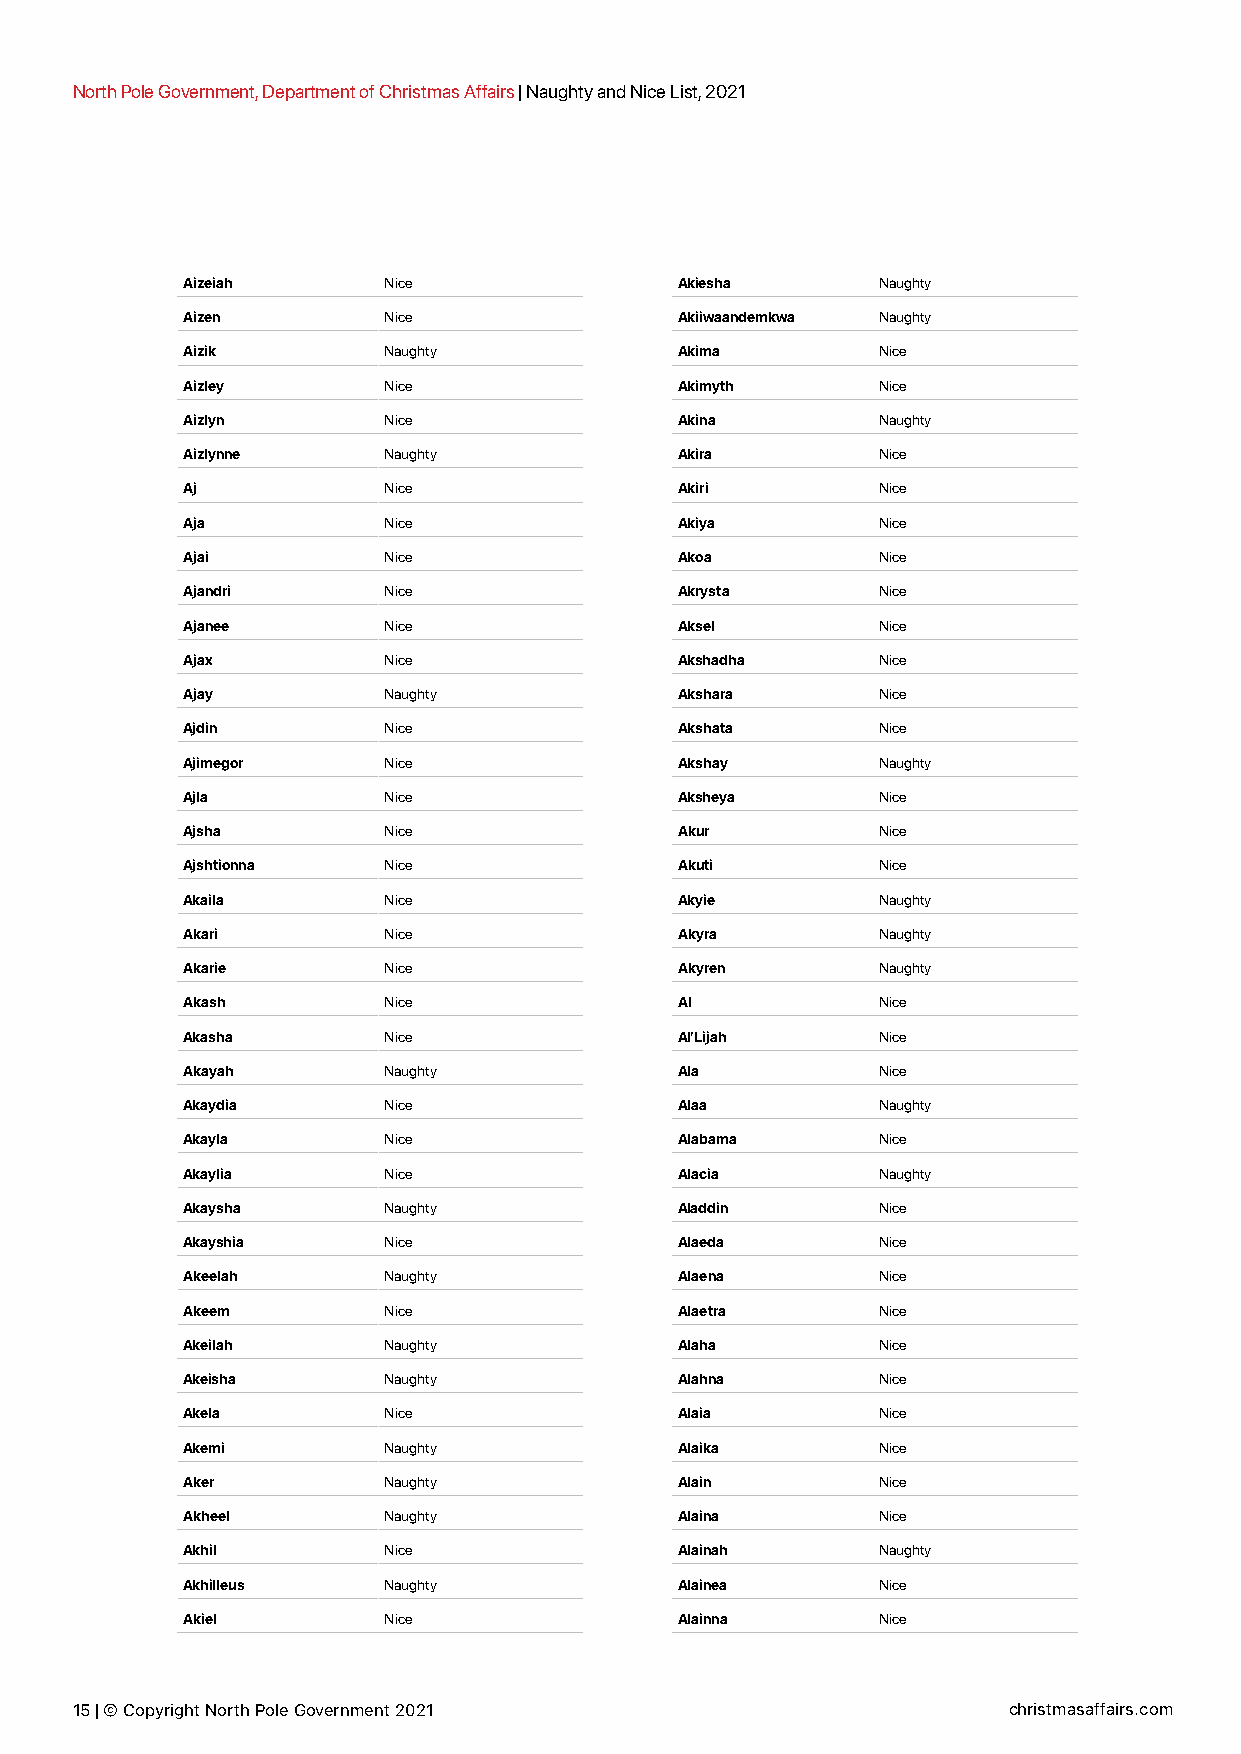
North Pole Government, Department of Christmas Affairs | Naughty and Nice List, 2021
 Aizeiah      Nice                Akiesha      Naughty
 Aizen        Nice                Akiiwaandemkwa Naughty
 Aizik        Naughty             Akima        Nice
 Aizley       Nice                Akimyth      Nice
 Aizlyn       Nice                Akina        Naughty
 Aizlynne     Naughty             Akira        Nice
 Aj           Nice                Akiri        Nice
 Aja          Nice                Akiya        Nice
 Ajai         Nice                Akoa         Nice
 Ajandri      Nice                Akrysta      Nice
 Ajanee       Nice                Aksel        Nice
 Ajax         Nice                Akshadha     Nice
 Ajay         Naughty             Akshara      Nice
 Ajdin        Nice                Akshata      Nice
 Ajimegor     Nice                Akshay       Naughty
 Ajla         Nice                Aksheya      Nice
 Ajsha        Nice                Akur         Nice
 Ajshtionna   Nice                Akuti        Nice
 Akaila       Nice                Akyie        Naughty
 Akari        Nice                Akyra        Naughty
 Akarie       Nice                Akyren       Naughty
 Akash        Nice                Al           Nice
 Akasha       Nice                Al’Lijah     Nice
 Akayah       Naughty             Ala          Nice
 Akaydia      Nice                Alaa         Naughty
 Akayla       Nice                Alabama      Nice
 Akaylia      Nice                Alacia       Naughty
 Akaysha      Naughty             Aladdin      Nice
 Akayshia     Nice                Alaeda       Nice
 Akeelah      Naughty             Alaena       Nice
 Akeem        Nice                Alaetra      Nice
 Akeilah      Naughty             Alaha        Nice
 Akeisha      Naughty             Alahna       Nice
 Akela        Nice                Alaia        Nice
 Akemi        Naughty             Alaika       Nice
 Aker         Naughty             Alain        Nice
 Akheel       Naughty             Alaina       Nice
 Akhil        Nice                Alainah      Naughty
 Akhilleus    Naughty             Alainea      Nice
 Akiel        Nice                Alainna      Nice
 15 | © Copyright North Pole Government 2021                   christmasaffairs.com